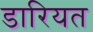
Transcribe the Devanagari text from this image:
डारियत